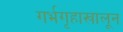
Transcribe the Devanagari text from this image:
गर्भगृहाखालून